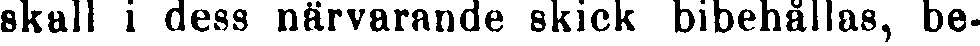
skall i dess närvarande skick bibehållas, be-